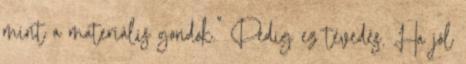
mint a materiális gondok." Pedig ez tévedés. Ha jól